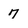
Character: 7